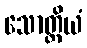
သောတ္တိယံ